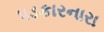
પડકારનારા